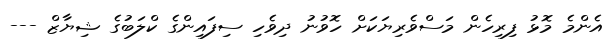
އެންމެ މޮޅު ފިރިހެން މަސްވެރިޔަކަށް ހޮވުނު ދިވެހި ސިފައިންގެ ކްލަބުގެ ޝިޔާޒް ---